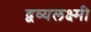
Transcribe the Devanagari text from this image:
द्वव्यलक्ष्मी